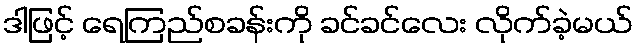
ဒါဖြင့် ရေကြည်စခန်းကို ခင်ခင်လေး လိုက်ခဲ့မယ်